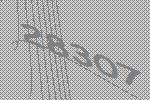
28307